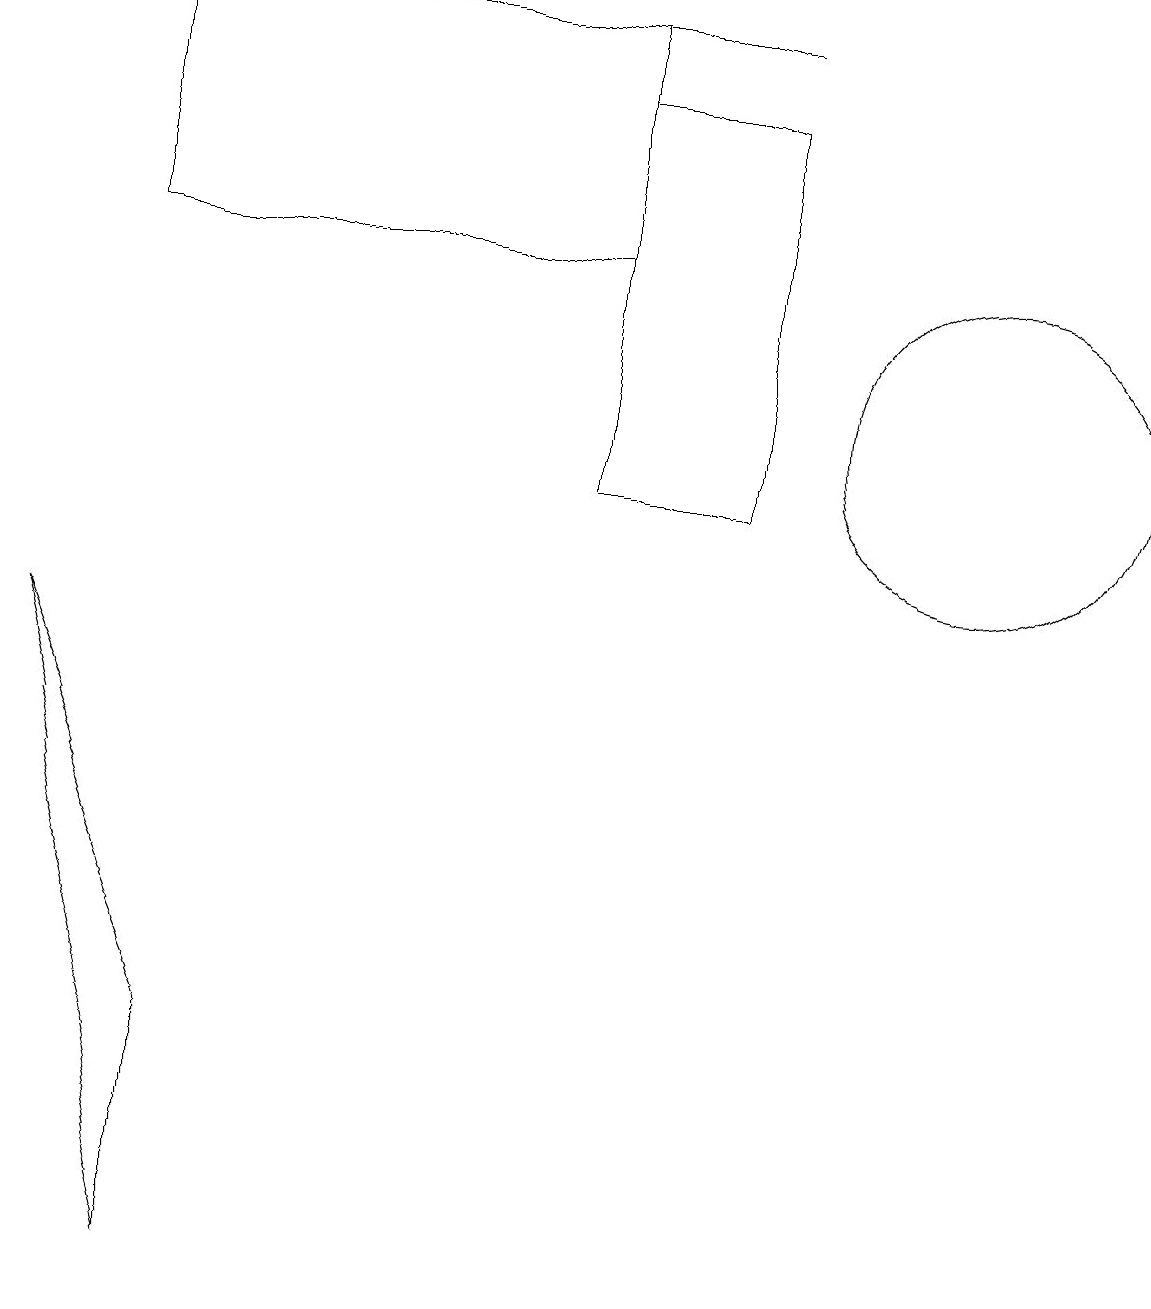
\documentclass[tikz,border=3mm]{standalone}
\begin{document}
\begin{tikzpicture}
\draw (9,17) rectangle (0,17);
\draw (12,12) circle (2);
\draw (7,14) rectangle (1,17);
\draw (9,16) rectangle (7,11);
\draw (2,4) -- (2,1) -- (0,9) -- cycle;
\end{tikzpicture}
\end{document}